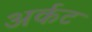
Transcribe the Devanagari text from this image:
अर्कट